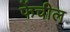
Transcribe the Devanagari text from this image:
फेंचील